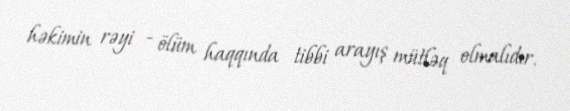
həkimin rəyi - ölüm haqqında tibbi arayış mütləq olmalıdır.